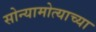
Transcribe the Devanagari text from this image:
सोन्यामोत्याच्या